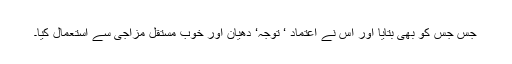
جس جس کو بھی بتایا اور اس نے اعتماد ‘ توجہ‘ دھیان اور خوب مستقل مزاجی سے استعمال کیا۔